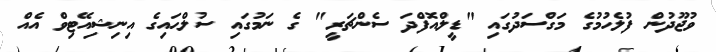
ވުޖޫދުން ފުލެހުމުގެ މަގްސަދުގައި "ޑީލްއޮފްދަ ސެންޗަރީ" ގެ ނަމުގައި ސުލްޙައިގެ އިނިޝިއޭޓިވް އެއް